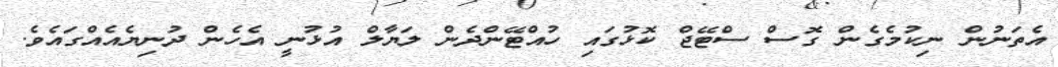
އެތަނުން ނިކުމެގެން ގޮސް ސްޓޭޖް ކޮޅުގައި ހުއްޓޭންދެން ލަޔާލް އުޅުނީ އެހެން ދުނިޔެއެއްގައެވެ.